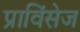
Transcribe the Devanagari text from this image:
प्राविंसेज